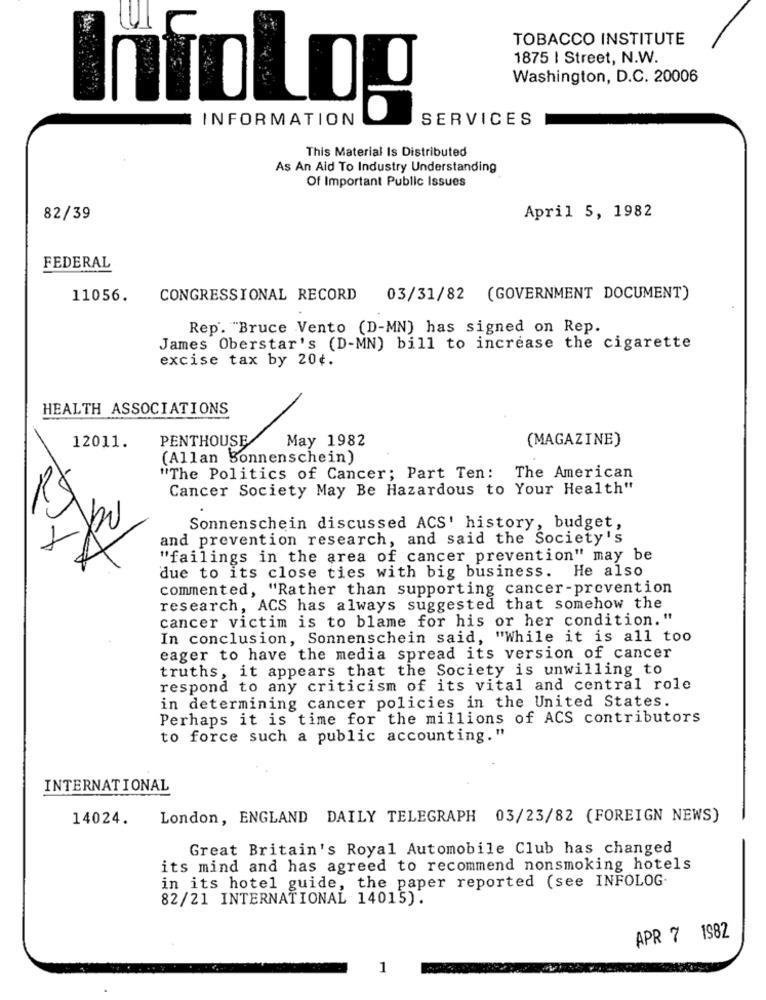
TOBACCO INSTITUTE
1875 | Street, N.W.
Washington, D.C. 20006
InfoLog
INFORMATION
SERVICES
This Material Is Distributed
As An Aid To Industry Understanding
Of Important Public Issues
82/39
April 5, 1982
FEDERAL
11056.
CONGRESSIONAL RECORD
03/31/82 (GOVERNMENT DOCUMENT)
Rep. "Bruce Vento (D-MN) has signed on Rep.
James Oberstar's (D-MN) bill to increase the cigarette
excise tax by 20¢.
HEALTH ASSOCIATIONS
PENTHOUSE
May 1982
(MAGAZINE)
12011.
(Allan Sonnenschein)
"The Politics of Cancer; Part Ten: The American
Cancer Society May Be Hazardous to Your Health"
R$
Sonnenschein discussed ACS' history, budget,
and prevention research, and said the Society's
"failings in the area of cancer prevention" may be
due to its close ties with big business. He also
commented, "Rather than supporting cancer-prevention
research, ACS has always suggested that somehow the
cancer victim is to blame for his or her condition."
In conclusion, Sonnenschein said, "While it is all too
eager to have the media spread its version of cancer
truths, it appears that the Society is unwilling to
respond to any criticism of its vital and central role
in determining cancer policies in the United States.
Perhaps it is time for the millions of ACS contributors
to force such a public accounting."
INTERNATIONAL
14024.
London, ENGLAND DAILY TELEGRAPH 03/23/82 (FOREIGN NEWS)
Great Britain's Royal Automobile Club has changed
its mind and has agreed to recommend nonsmoking hotels
in its hotel guide, the paper reported (see INFOLOG.
82/21 INTERNATIONAL 14015).
APR 7 1982
1